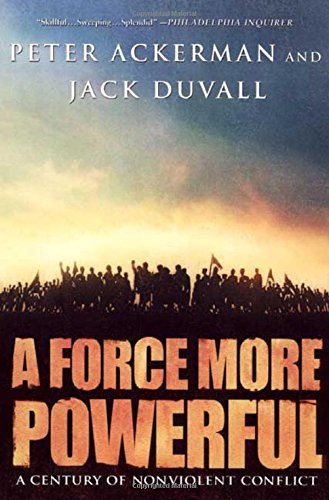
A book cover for A Force More Powerful: A Century of Non-Violent Conflict; Peter Ackerman; Law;